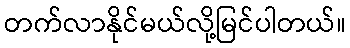
တက်လာနိုင်မယ်လို့မြင်ပါတယ်။